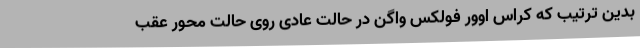
بدین ترتیب که کراس اوور فولکس واگن در حالت عادی روی حالت محور عقب